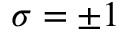
\sigma = \pm 1